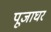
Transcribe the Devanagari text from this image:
पूजाघर